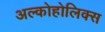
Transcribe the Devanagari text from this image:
अल्कोहोलिक्स